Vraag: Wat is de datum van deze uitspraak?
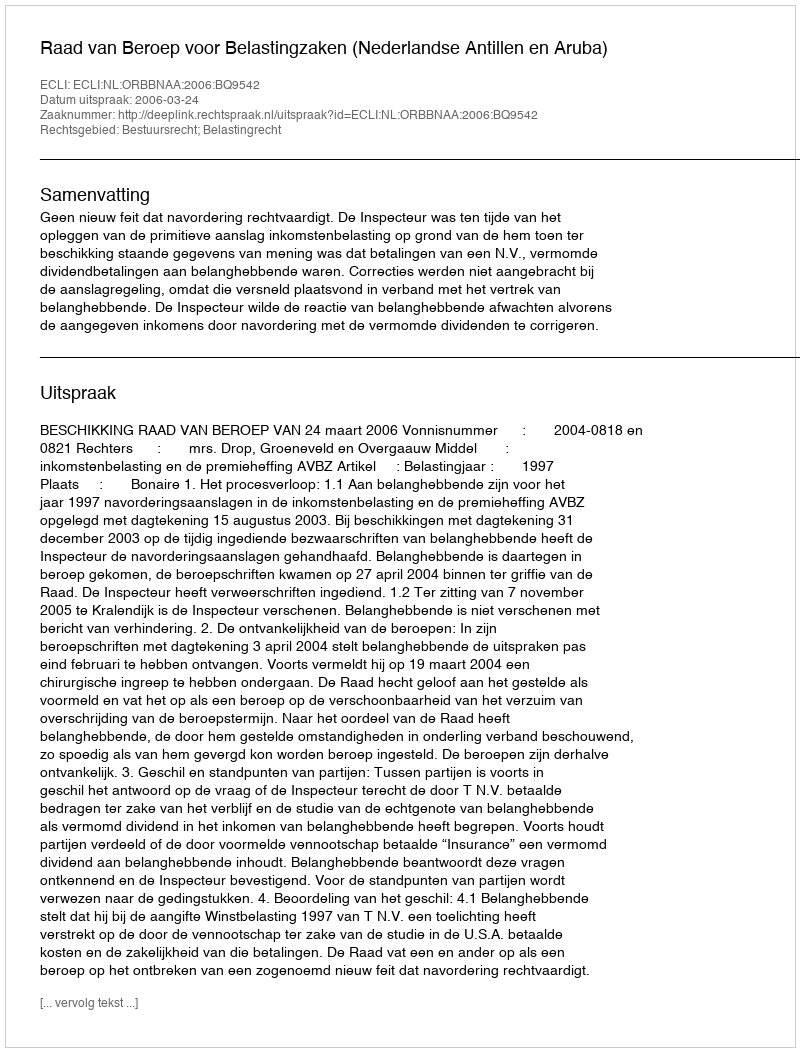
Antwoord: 2006-03-24